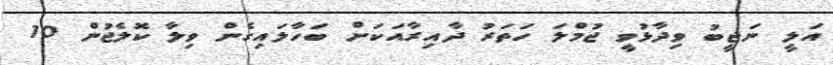
އަލީ ނަޖީބު ވިދާޅުވީ ޖުމްލަ ހަތަރު ދާއިރާއަކަށް ބަހާލައިގެން ވިލާ ކޮލެޖުން 10